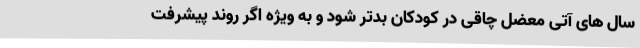
سال های آتی معضل چاقی در کودکان بدتر شود و به ویژه اگر روند پیشرفت